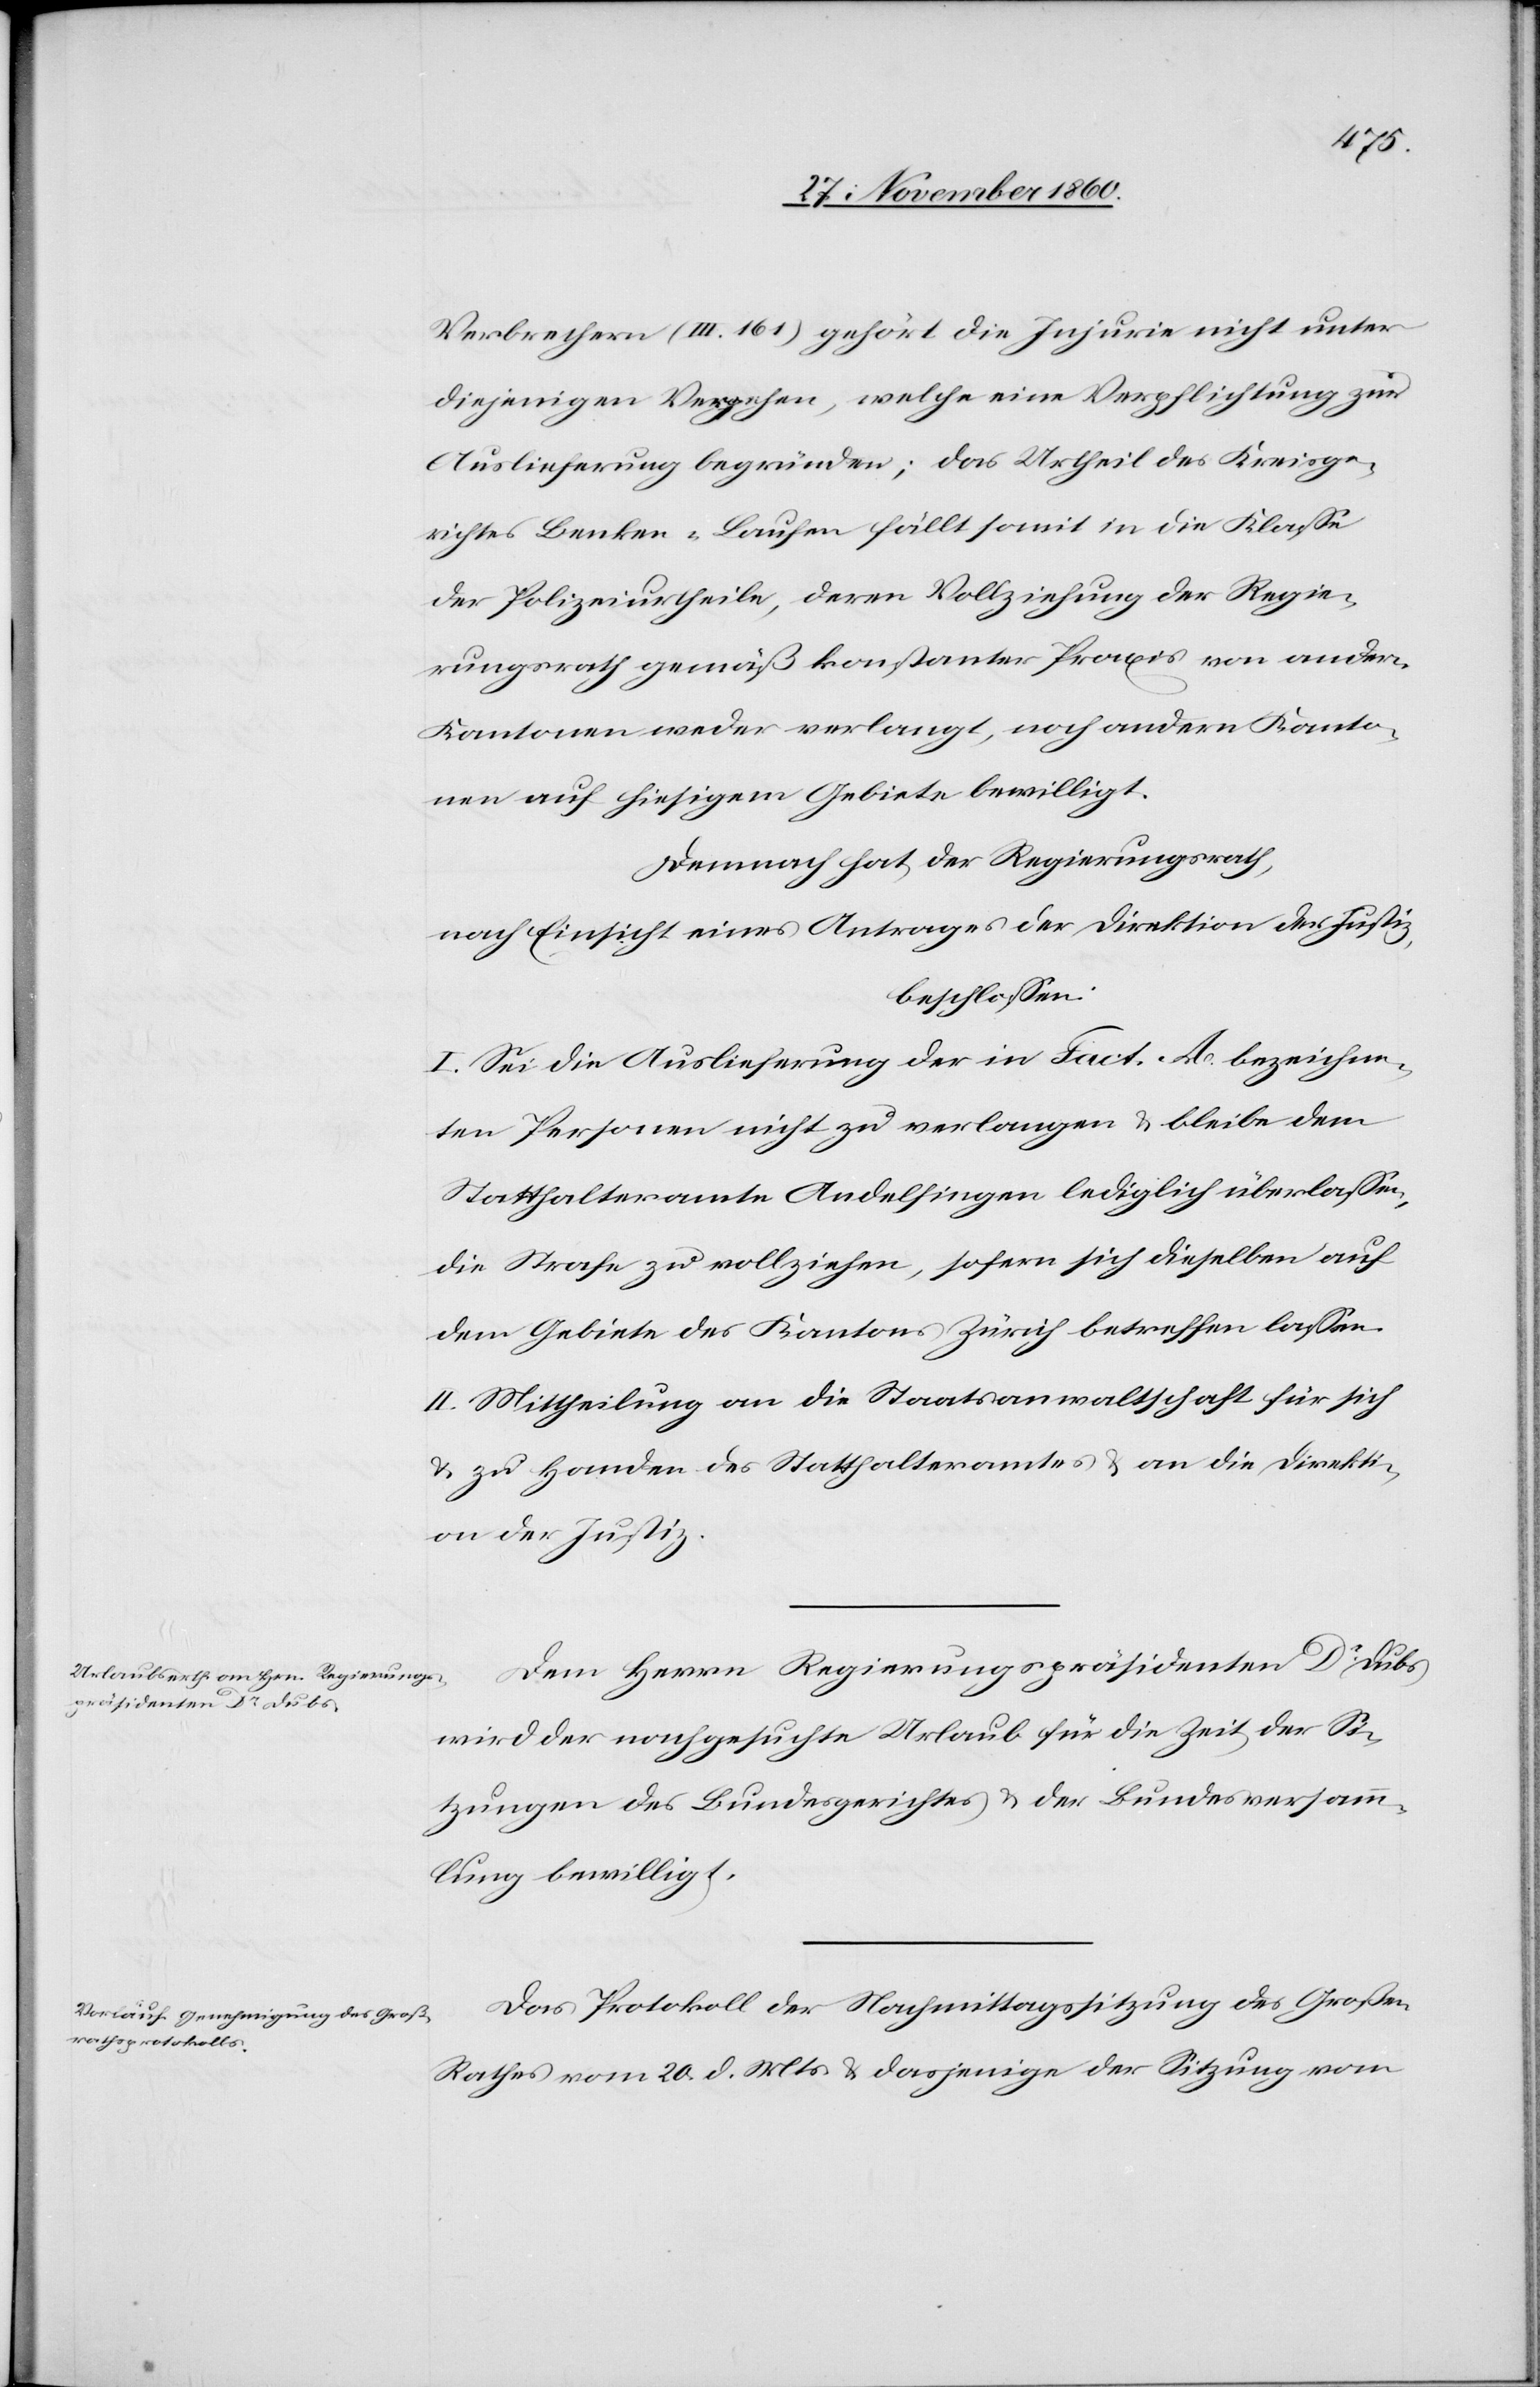
Verbrechern (III 161) gehört die Injurie nicht unter
diejenigen Vergehen, welche eine Verpflichtung zur
Auslieferung begründen; das Urtheil des Kreisge¬
richtes Benken-Laufen fällt somit in die Klasse
der Polizeiurtheile, deren Vollziehung der Regie¬
rungsrath gemäß konstanter Praxis von andern
Kantonen weder verlangt, noch andern Kanto¬
nen auf hiesigem Gebiete bewilligt.
Demnach hat der Regierungsrath,
nach Einsicht eines Antrages der Direktion der Justiz,
beschlossen:
I. Sei die Auslieferung der in Fact. A bezeichne¬
ten Personen nicht zu verlangen u. bleibe dem
Statthalteramte Andelfingen lediglich überlassen,
die Strafe zu vollziehen sofern sich dieselben auf
dem Gebiete des Kantons Zürich betreffen lassen.
II. Mitheilung an die Staatsanwaltschaft für sich
u. zu Handen des Statthalteramtes u. an die Direkti¬
on der Justiz.
Dem Herrn Regierungspräsidenten Dr Dubs
wird der nachgesuchte Urlaub für die Zeit der Si¬
tzungen des Bundesgerichtes u. der Bundesversamm¬
lung bewilligt.
Das Protokoll der Nachmittagssitzung des Großen
Rathes vom 20. d. Mts. u. dasjenige der Sitzung vom